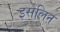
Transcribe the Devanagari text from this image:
इसेलिन